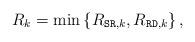
LaTeX: \begin{align*} R_{k} = \min \left\{ R_{{\tt SR},k}, R_{{\tt RD},k} \right\},\end{align*}